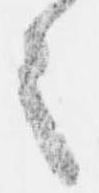
之